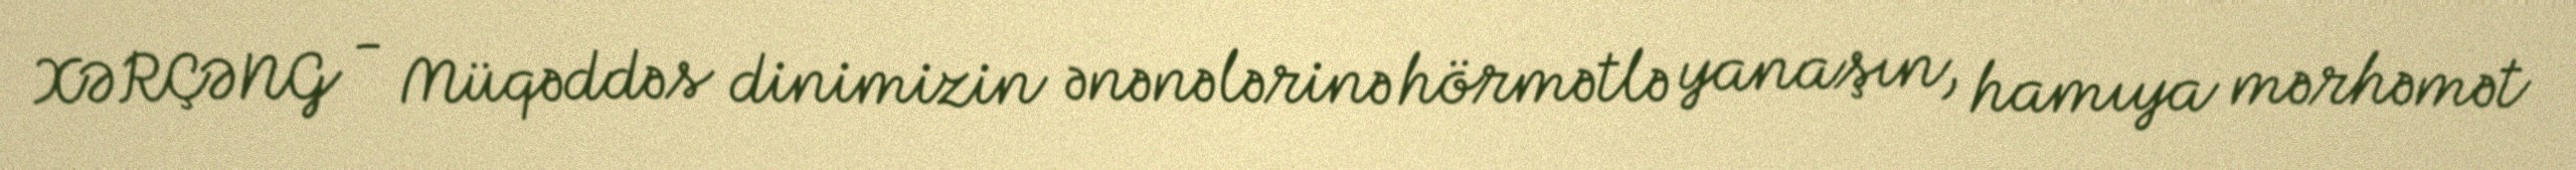
XƏRÇƏNG - Müqəddəs dinimizin ənənələrinə hörmətlə yanaşın, hamıya mərhəmət